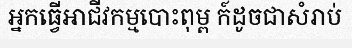
អ្នកធ្វើអាជីវកម្មបោះពុម្ព ក៍ដូចជាសំរាប់